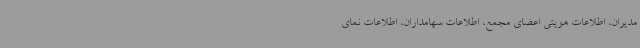
مدیران، اطلاعات هویتی اعضای مجمع، اطلاعات سهامداران، اطلاعات نمای